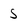
Character: s